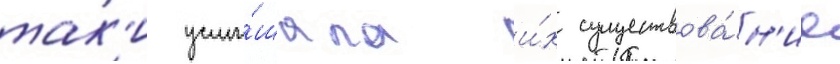
так'и услы́шала и́х существова́н'ие